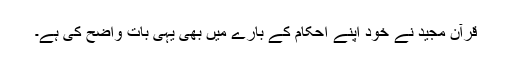
قرآن مجید نے خود اپنے احکام کے بارے میں بھی یہی بات واضح کی ہے۔